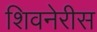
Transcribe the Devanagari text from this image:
शिवनेरीस